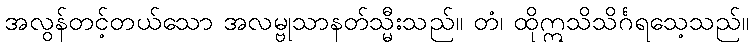
အလွန်တင့်တယ်သော အလမ္ဗုသာနတ်သ္မီးသည်။ တံ၊ ထိုဣသိသိင်္ဂရသေ့သည်။